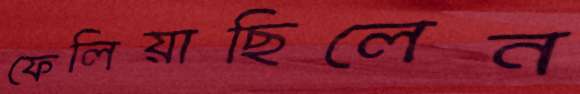
ফেলিয়াছিলেন